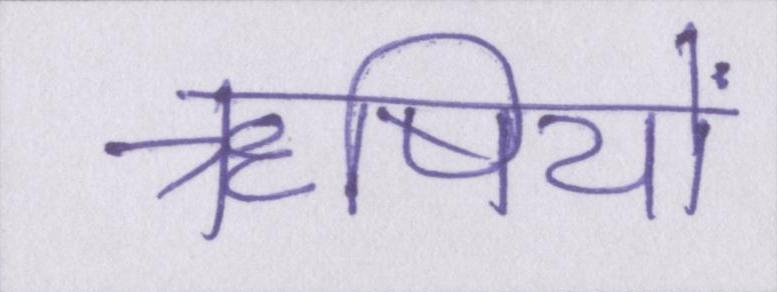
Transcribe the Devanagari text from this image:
ॠषियों